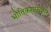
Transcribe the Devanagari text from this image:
भौतिकशास्त्रज्ञाने